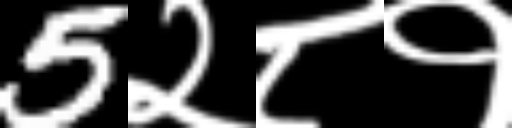
Text: 5२८१